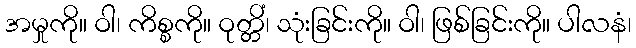
အမှုကို။ ဝါ၊ ကိစ္စကို။ ဝုတ္တိံ၊ သုံးခြင်းကို။ ဝါ၊ ဖြစ်ခြင်းကို။ ပါလနံ၊